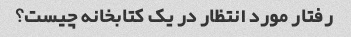
رفتار مورد انتظار در یک کتابخانه چیست؟